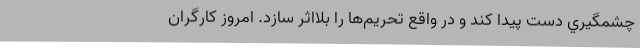
چشمگيري دست پيدا كند و در واقع تحريم‌ها را بلااثر سازد. امروز كارگران